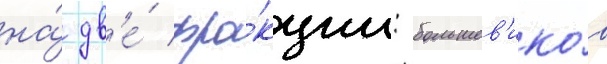
на́ дв'е́ фра́кции: большев'ико́в